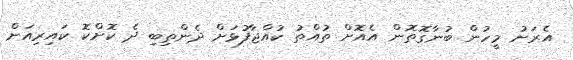
އެރަށު މީހުން ބުނާގޮތޮން އެއޮށް ތުއްތު ކުއްޖާފުޅަށް ދެންތިބި ދެ ކޮށްކޮ ކައިރިއަށް